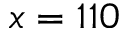
x = 1 1 0